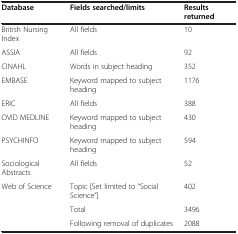
| Database | Fields searched/limits | Results returned |
 | --- | --- | --- |
 | British Nursing Index | All fields | 10 |
 | ASSIA | All fields | 92 |
 | CINAHL | Words in subject heading | 352 |
 | EMBASE | Keyword mapped to subject heading | 1176 |
 | ERIC | All fields | 388 |
 | OVID MEDLINE | Keyword mapped to subject heading | 430 |
 | PSYCHINFO | Keyword mapped to subject heading | 594 |
 | Sociological Abstracts | All fields | 52 |
 | Web of Science | Topic [Set limited to “Social Science”] | 402 |
 |  | Total | 3496 |
 |  | Following removal of duplicates | 2088 |